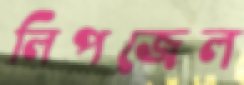
লিপজেল